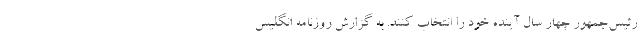
رئیس‌جمهور چهار سال آینده خود را انتخاب کنند. به گزارش روزنامه انگلیس